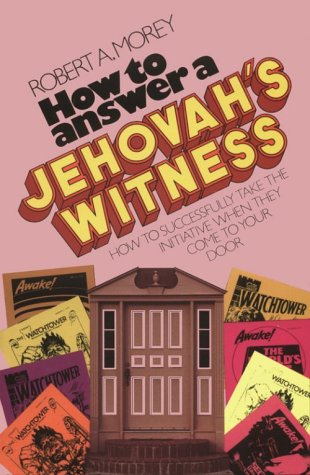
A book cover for How to Answer a Jehovah's Witness; Robert A. Morey; Christian Books & Bibles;